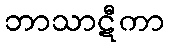
ဘာသာဋီကာ